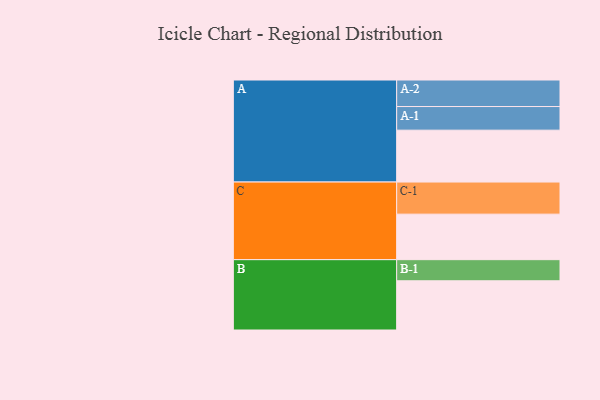
{"axis": {"x": "Segment", "y": "Value"}, "legend": ["", "A", "B", "C"], "data": [{"x": "A", "y": 391, "type": ""}, {"x": "B", "y": 371, "type": ""}, {"x": "C", "y": 343, "type": ""}, {"x": "A-1", "y": 178, "type": "A"}, {"x": "A-2", "y": 200, "type": "A"}, {"x": "B-1", "y": 159, "type": "B"}, {"x": "C-1", "y": 242, "type": "C"}]}